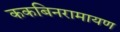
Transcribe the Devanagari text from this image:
ककबिनरामायण